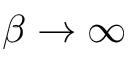
\beta \rightarrow \infty